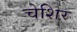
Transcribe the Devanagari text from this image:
चेशिर